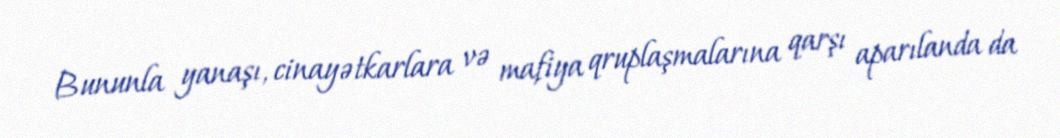
Bununla yanaşı, cinayətkarlara və mafiya qruplaşmalarına qarşı aparılanda da